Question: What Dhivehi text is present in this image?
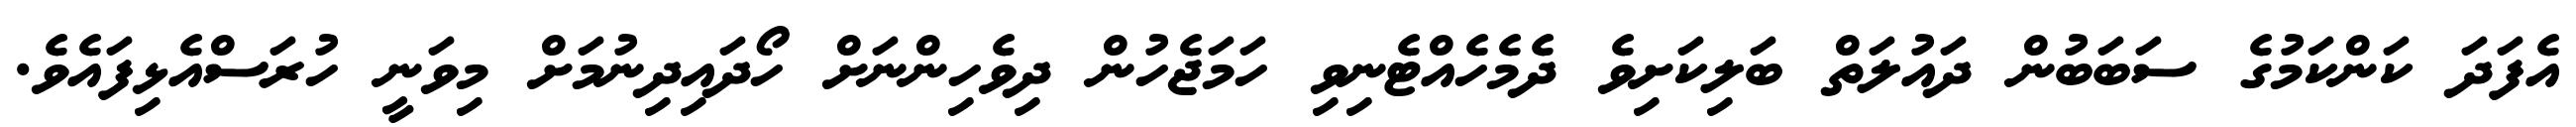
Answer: އެފަދަ ކަންކަމުގެ ސަބަބުން ދައުލަތް ބަލިކަށިވެ ދެމެހެއްޓެނިވި ހަމަޖެހުން ދިވެހިންނަށް ހޯދައިދިނުމަށް މިވަނީ ހުރަސްއެޅިފައެވެ.